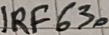
Text: IRF630